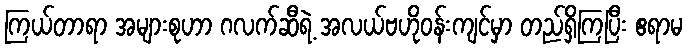
ကြယ်တာရာ အများစုဟာ ဂလက်ဆီရဲ့ အလယ်ဗဟိုဝန်းကျင်မှာ တည်ရှိကြပြီး ဧရာမ